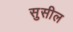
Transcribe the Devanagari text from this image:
सुसील